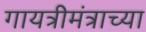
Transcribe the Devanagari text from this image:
गायत्रीमंत्राच्या